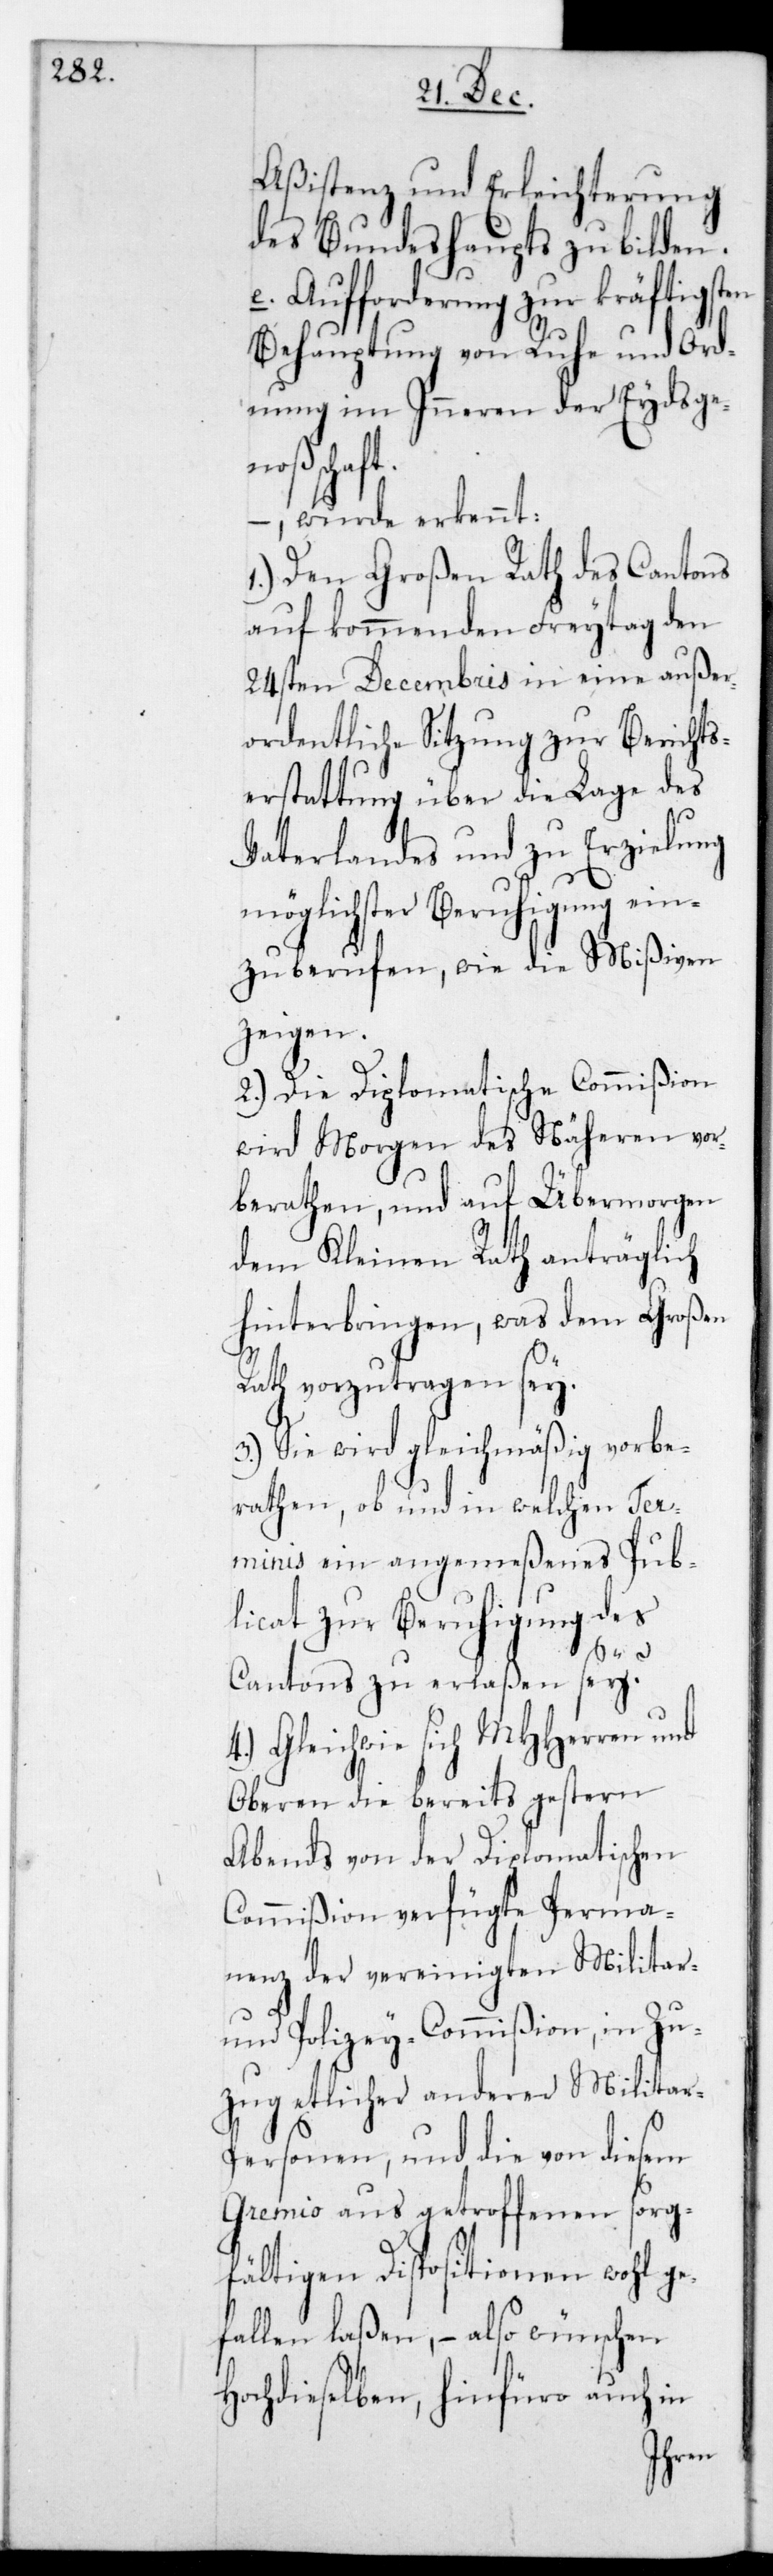
Aßistenz und Erleichterung
des Bundeshaupts zu bilden.
e. Aufforderung zur kräftigsten
Behauptung von Ruhe und Ord¬
nung im Inneren der Eydsge¬
nschaft,
wurde erkennt:
1.) Den Großen Rath des Cantons
auf kommenden Freitag den
24sten Decembris in eine außer¬
ordentliche Sitzung zur Berichts¬
erstattung über die Lage des
Vaterlandes und zu Erzielung
möglichster Beruhigung ein¬
zuberufen, wie die Mißiven
zeigen.
2.) Die Diplomatische Commißion
wird Morgen des Näheren vor¬
berathen und auf Übermorgen
dem Kleinen Rath anträglich
hinterbringen, was dem Großen
Rath vorzutragen sei.
3.) Sie wird gleichmäßig vorbe¬
rathen, ob und in welche Ter¬
minis ein angemeßenes Pub¬
licat zur Beruhigung des
Cantons zu erlaßen sei?
Gleichwie sich MHHerren und
Oberen die bereits gestern
Abend von der Diplomatischen
Commißion verfügte Perma¬
nenz der vereinigten Militar-
und Polizey-Commißion, in Zu¬
zug etlicher anderer Militar¬
personen, und die von diesem
Gremio aus getroffenen sorg¬
fältigen Dispositionen wohl ge¬
fallen laßen, – also wünschen
Hochdieselben, hinfüro auch in